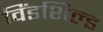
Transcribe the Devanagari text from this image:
विंडशिल्ड